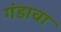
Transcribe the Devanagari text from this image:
गंडावा